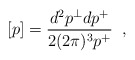
\begin{align*}[p]=\frac{d^2p^\perp dp^+}{2(2\pi)^3p^+}\;\;,\end{align*}